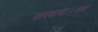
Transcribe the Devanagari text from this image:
करवाया।जब